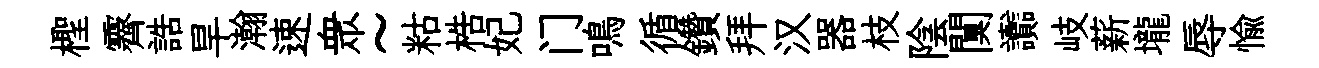
檉霽誥旱瀚速衆~䊀梏妃门鳴循鑽拜汉器枝陰闃讟岐薪壠辱愉